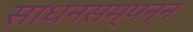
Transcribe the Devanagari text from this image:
साधनसम्पन्न